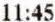
11:45